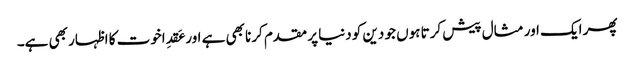
پھر ایک اور مثال پیش کرتا ہوں جو دین کو دنیا پر مقدم کرنا بھی ہے اور عَقدِاخوت کا اظہار بھی ہے۔